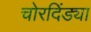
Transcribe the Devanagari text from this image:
चोरदिंड्या